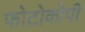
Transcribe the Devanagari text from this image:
फोटोकोपी